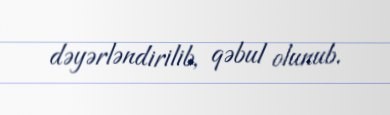
dəyərləndirilib, qəbul olunub.